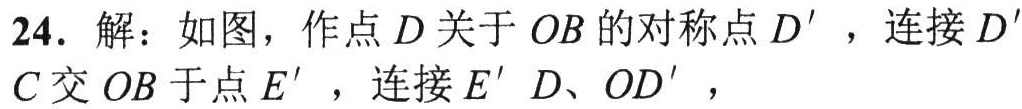
24. 解：如图，作点\(D\)关于\(OB\)的对称点\(D'\)，连接\(D'C\)交\(OB\)于点\(E'\)，连接\(E'D\)、\(OD'\)，